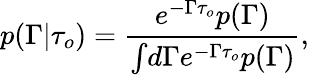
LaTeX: p(\Gamma\vert\tau_{o})=\frac{e^{-\Gamma\tau_{o}}p(\Gamma)}{\int\! d\Gamma e^{-\Gamma\tau_{o}}p(\Gamma)},